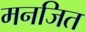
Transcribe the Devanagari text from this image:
मनजित